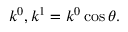
k ^ { 0 } , k ^ { 1 } = k ^ { 0 } \cos \theta .